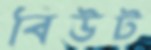
বিউট